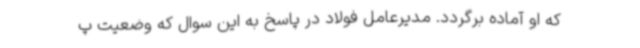
که او آماده برگردد. مدیرعامل فولاد در پاسخ به این سوال که وضعیت پ